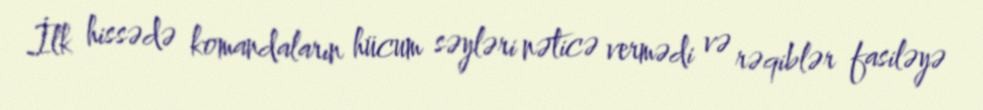
İlk hissədə komandaların hücum səyləri nəticə vermədi və rəqiblər fasiləyə